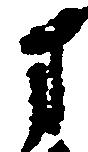
方